Cholera in southern India
Disease focus: Cholera
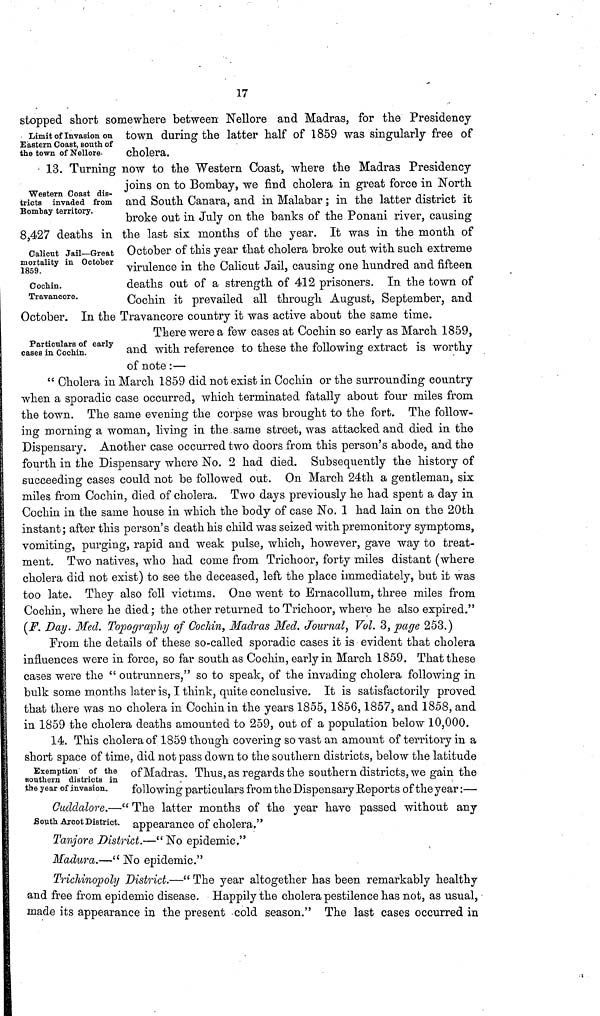
17
Limit of Invasion on
Eastern Coast, south of
the town of Nellore.
stopped short somewhere between Nellore and Madras, for the Presidency
town during the latter half of 1859 was singularly free of
cholera.
Western Coast dis-
tricts invaded from
Bombay territory.
Calicut Jail—Great
mortality in October
1859.
Cochin.
Travancore.
13. Turning now to the Western Coast, where the Madras Presidency
joins on to Bombay, we find cholera in great force in North
and South Canara, and in Malabar ; in the latter district it
broke out in July on the banks of the Ponani river, causing
8,427 deaths in the last six months of the year. It was in the month of
October of this year that cholera broke out with such extreme
virulence in the Calicut Jail, causing one hundred and fifteen
deaths out of a strength of 412 prisoners. In the town of
Cochin it prevailed all through August, September, and
October. In the Travancore country it was active about the same time.
Particulars of early
cases in Cochin.
There were a few cases at Cochin so early as March 1859,
and with reference to these the following extract is worthy
of note:—
" Cholera in March 1859 did not exist in. Cochin or the surrounding country
when a sporadic case occurred, which terminated fatally about four miles from
the town. The same evening the corpse was brought to the fort. The follow-
ing morning a woman, living in the same street, was attacked and died in the
Dispensary. Another case occurred two doors from this person's abode, and the
fourth in the Dispensary where No. 2 had died. Subsequently the history of
succeeding cases could not be followed out. On March 24th a gentleman, six
miles from Cochin, died of cholera. Two days previously he had spent a day in
Cochin in the same house in which the body of case No. 1 had lain on the 20th
instant; after this person's death his child was seized with premonitory symptoms,
vomiting, purging, rapid and weak pulse, which, however, gave way to treat-
ment. Two natives, who had come from Trichoor, forty miles distant (where
cholera did not exist) to see the deceased, left the place immediately, but it was
too late. They also fell victims. One went to Ernacollum, three miles from
Cochin, where he died ; the other returned to Trichoor, where he also expired."
(F. Day. Med. Topography of Cochin, Madras Med. Journal, Vol. 3, page 253.)
From the details of these so-called sporadic cases it is evident that cholera
influences were in force, so far south as Cochin, early in March 1859. That these
cases were the " outrunners," so to speak, of the invading cholera following in
bulk some months later is, I think, quite conclusive. It is satisfactorily proved
that there was no cholera in Cochin in the years 1855, 1856,1857, and 1858, and
in 1859 the cholera deaths amounted to 259, out of a population below 10,000.
Exemption of the
southern districts in
the year of invasion.
14. This cholera of 1859 though covering so vast an amount of territory in a
short space of time, did not pass down to the southern districts, below the latitude
of Madras. Thus, as regards the southern districts, we gain the
following particulars from the Dispensary Reports of the year:—
South Arcot District.
Cuddalore.—" The latter months of the year have passed without any
appearance of cholera."
Tanjore District.—" No epidemic."
Madura.—" No epidemic."
Tricliinopoly District.—" The year altogether has been remarkably healthy
and free from epidemic disease. Happily the cholera pestilence has not, as usual,
made its appearance in the present cold season." The last cases occurred in